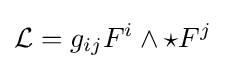
{\mathcal {L}}=g_{ij}F^{i}\wedge {\star }F^{j}